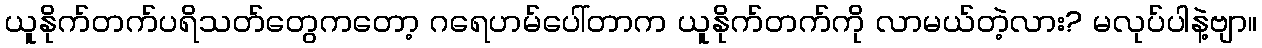
ယူနိုက်တက်ပရိသတ်တွေကတော့ ဂရေဟမ်ပေါ်တာက ယူနိုက်တက်ကို လာမယ်တဲ့လား? မလုပ်ပါနဲ့ဗျာ။